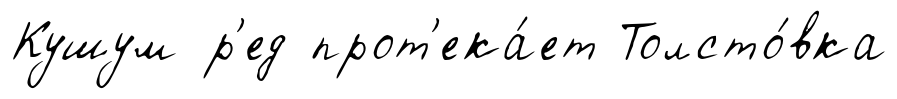
Кушум р'ед прот'ека́ет Толсто́вка